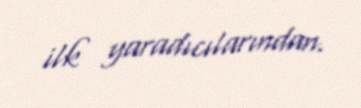
ilk yaradıcılarından.